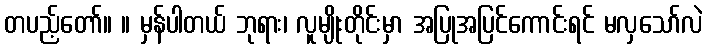
တပည့်တော်။ ။ မှန်ပါတယ် ဘုရား၊ လူမျိုးတိုင်းမှာ အပြုအပြင်ကောင်းရင် မလှသော်လဲ